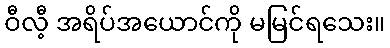
ဝီလီ့ အရိပ်အယောင်ကို မမြင်ရသေး။